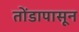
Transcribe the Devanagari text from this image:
तोंडापासून